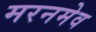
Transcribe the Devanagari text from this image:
मरनमेव